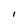
Character: I